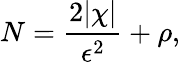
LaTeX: N=\frac{2\lvert\chi\rvert}{\epsilon^{2}}+\rho,